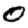
Digit: 0